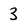
Character: 3